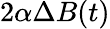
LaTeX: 2\alpha\Delta B(t)